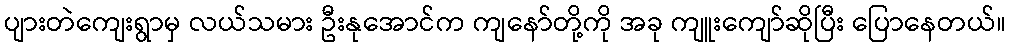
ပျားတဲကျေးရွာမှ လယ်သမား ဦးနုအောင်က ကျနော်တို့ကို အခု ကျူးကျော်ဆိုပြီး ပြောနေတယ်။